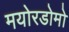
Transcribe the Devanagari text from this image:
मयोरडोमो